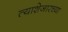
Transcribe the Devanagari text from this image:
त्याशेजारच्या